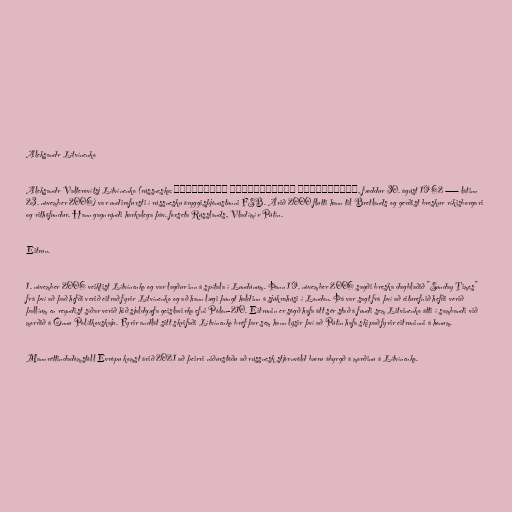
Aleksandr Lítvínenko

Aleksandr Valterovítsj Lítvínenko (rússneska: Александр Вальтерович Литвиненко, fæddur 30. ágúst 1962 — látinn
23. nóvember 2006) var undirofursti í rússnesku öryggisþjónustunni FSB. Árið 2000 flutti hann til Bretlands og gerðist breskur ríkisborgari
og rithöfundur. Hann gagnrýndi harkalega þáv. forseta Rússlands, Vladímír Pútín.

Eitrun.

1. nóvember 2006 veiktist Lítvínenko og var lagður inn á spítala í Lundúnum. Þann 19. nóvember 2006 sagði breska dagblaðið "Sunday Times"
frá því að það hefði verið eitrað fyrir Lítvínenko og að hann lægi þungt haldinn á sjúkrahúsi í London. Þá var sagt frá því að eiturefnið hefði verið
þallíum en reyndist síðar verið hið sjaldgæfa geislavirka efni Pólon-210. Eitrunin er sögð hafa átt sér stað á fundi sem Litvinenko átti í sambandi við
morðið á Önnu Polítkovskaju. Fyrir andlát sitt skrifaði Lítvínenko bréf þar sem hann lýsir því að Pútín hafa skipað fyrir eitruninni á honum.

Mannréttindadómstóll Evrópu komst árið 2021 að þeirri niðurstöðu að rússnesk stjórnvöld bæru ábyrgð á morðinu á Lítvínenko.